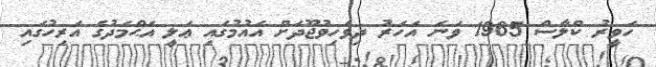
ހަވީރު ކްލާސް 1965 ވަނަ އަހަރު ދިވެހިވުޖޫދަށް އައުމުގައި ޢަލީ އަޙްމަދުގެ އަރިހުގައި